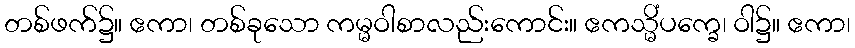
တစ်ဖက်၌။ ဧကာ၊ တစ်ခုသော ကမ္မဝါစာလည်းကောင်း။ ဧကသ္မိံပက္ခေ၊ ဝါ၌။ ဧကာ၊